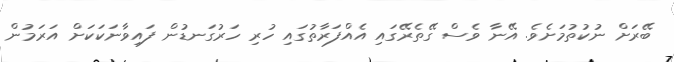
ބޭރަށް ނުކުތުމަށެވެ. އޭނާ ވެސް ގޭތެރޭގައި އެއްފަރާތުގައި ހުރި ހަރުގަނޑުން ފައިވާނަކަކަށް އަރަމުން